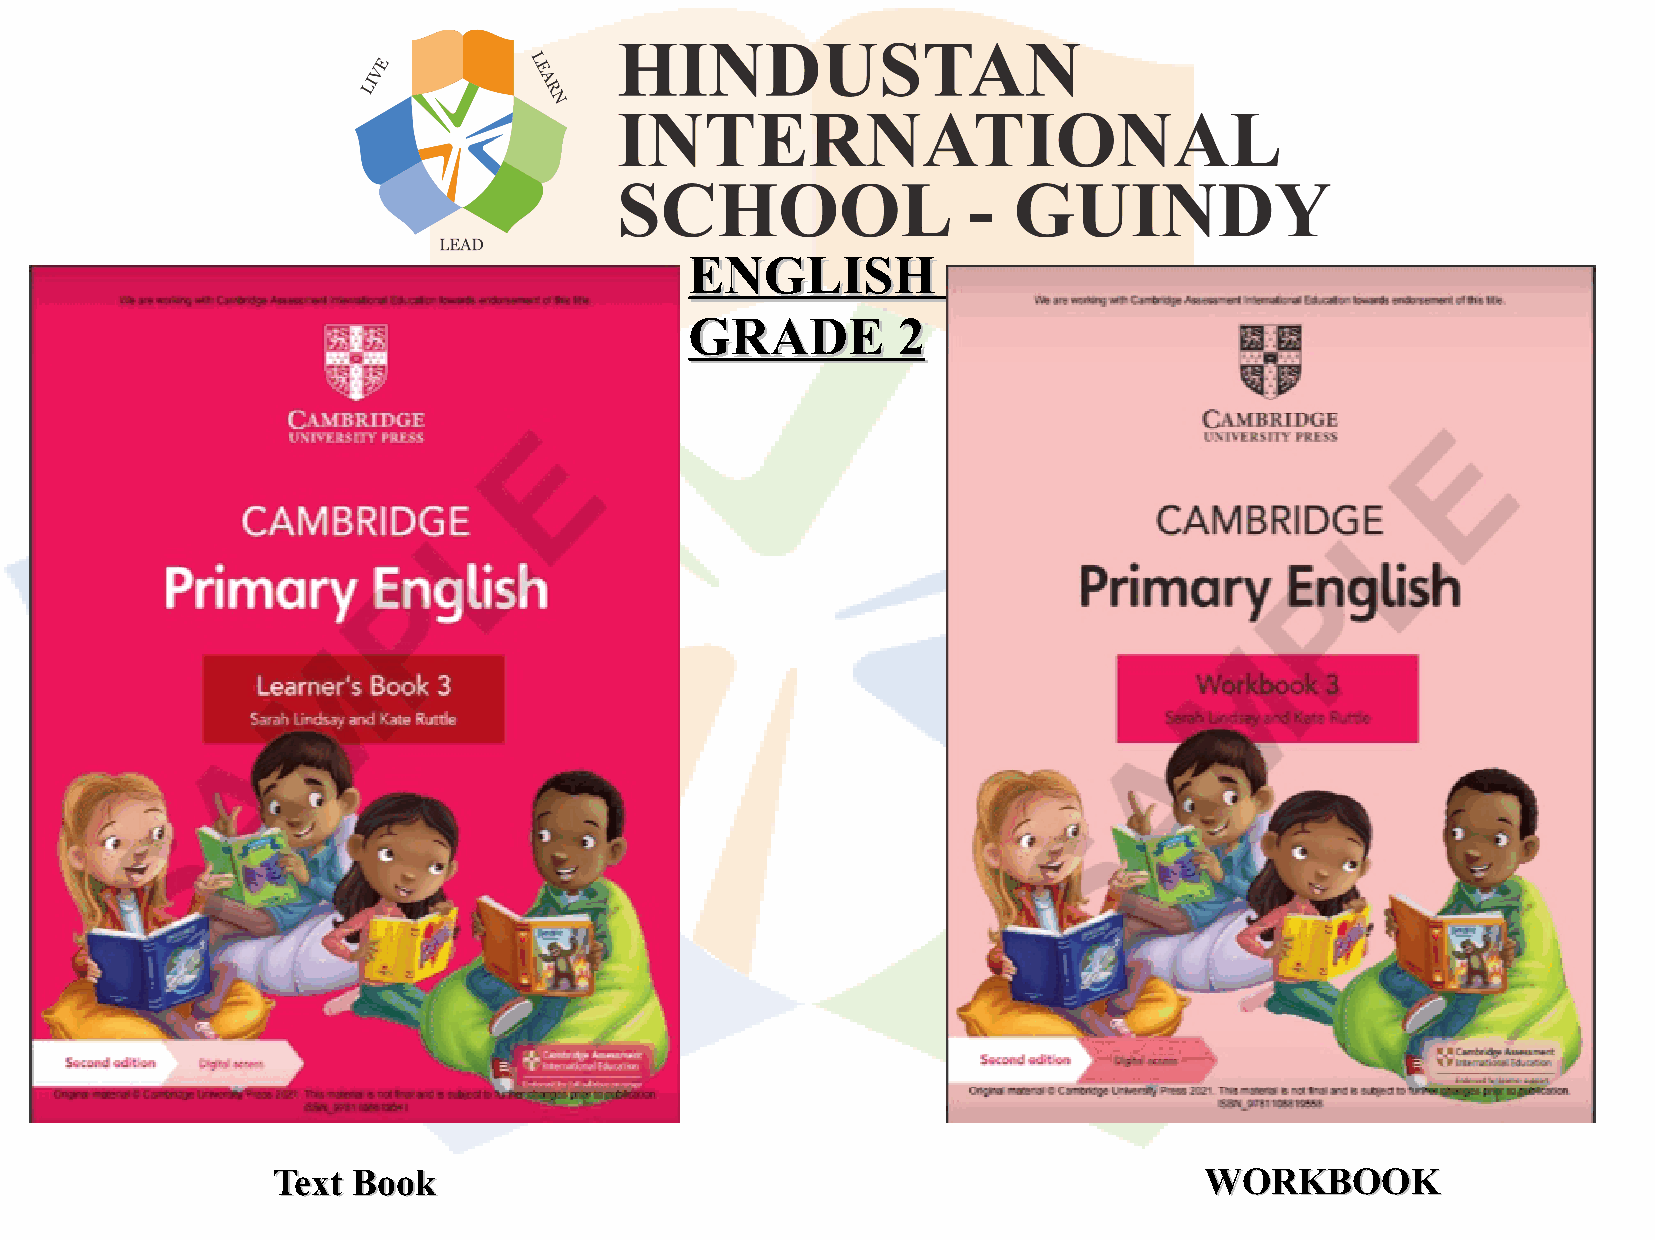
EENNGGLLIISSHH
 GGRRAADDEE   22
 TTeexxtt BBooookk                                             WWOORRKKBBOOOOKK